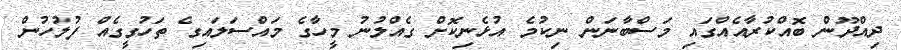
ދިއްދޫން ބޮއްކުރާއެއްގައި މަސްބާނަން ނިކުމެ އުޅެނިކޮށް ގެއްލުނު މީހާގެ މައްސަލައިގެ ތަހުގީގެއް ފުލުހުން